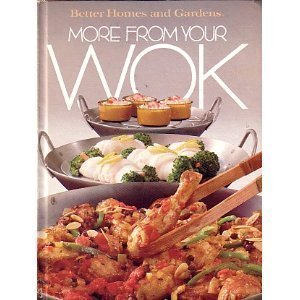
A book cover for Better Homes and Gardens More from Your Wok; Better Homes and Gardens; Cookbooks, Food & Wine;